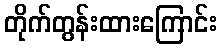
တိုက်တွန်းထားကြောင်း